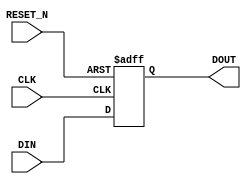
`timescale 1ns/1ps
module Delay #(
    parameter NUM_STAGES = 1,
    parameter DATA_WIDTH = 1
)(
    input  wire                  CLK,
    input  wire                  RESET_N,
    input  wire [DATA_WIDTH-1:0] DIN,
    output wire [DATA_WIDTH-1:0] DOUT
);

genvar i;
generate
if (NUM_STAGES == 0)
begin
    assign DOUT = DIN;
end
else if (NUM_STAGES > 0)
begin
    reg [NUM_STAGES*DATA_WIDTH-1:0] din_delay;
    always @(posedge CLK or negedge RESET_N)
    begin
        if(!RESET_N)
        begin
            din_delay[DATA_WIDTH-1:0] <= 0;
        end else
        begin
            din_delay[DATA_WIDTH-1:0] <= DIN;
        end
    end
    for (i=1; i<NUM_STAGES; i=i+1)
	 begin : REGISTER_STAGES
        always @(posedge CLK or negedge RESET_N )
        begin
            if(!RESET_N)
            begin
                din_delay[i*DATA_WIDTH+:DATA_WIDTH] <= 0;
            end else
            begin
                din_delay[i*DATA_WIDTH+:DATA_WIDTH] <= din_delay[(i-1)*DATA_WIDTH+:DATA_WIDTH];
            end
        end
    end
    assign DOUT = din_delay[(NUM_STAGES-1)*DATA_WIDTH+:DATA_WIDTH];
end
endgenerate


endmodule